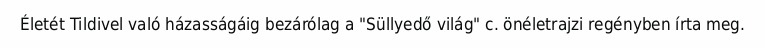
Életét Tildivel való házasságáig bezárólag a "Süllyedő világ" c. önéletrajzi regényben írta meg.